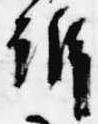
訴